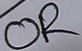
Text: OR